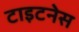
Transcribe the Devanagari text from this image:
टाइटनेस